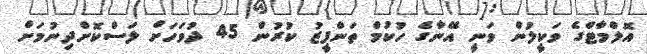
އޮލްމާޓްގެ ވަކީލުން ވަނީ އޭނާގެ ހުކުމް ތަންފީޒު ކުރުން 45 ދުވަހަށް ލަސްކޮށްދިނުމަށް